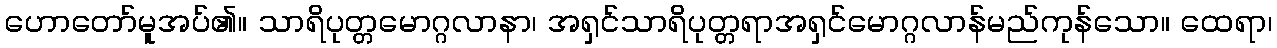
ဟောတော်မူအပ်၏။ သာရိပုတ္တမောဂ္ဂလာနာ၊ အရှင်သာရိပုတ္တရာအရှင်မောဂ္ဂလာန်မည်ကုန်သော။ ထေရာ၊